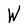
Character: W